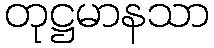
တုဋ္ဌမာနသာ